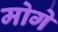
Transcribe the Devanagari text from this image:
मोगे